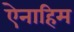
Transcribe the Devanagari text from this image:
ऐनाहिम